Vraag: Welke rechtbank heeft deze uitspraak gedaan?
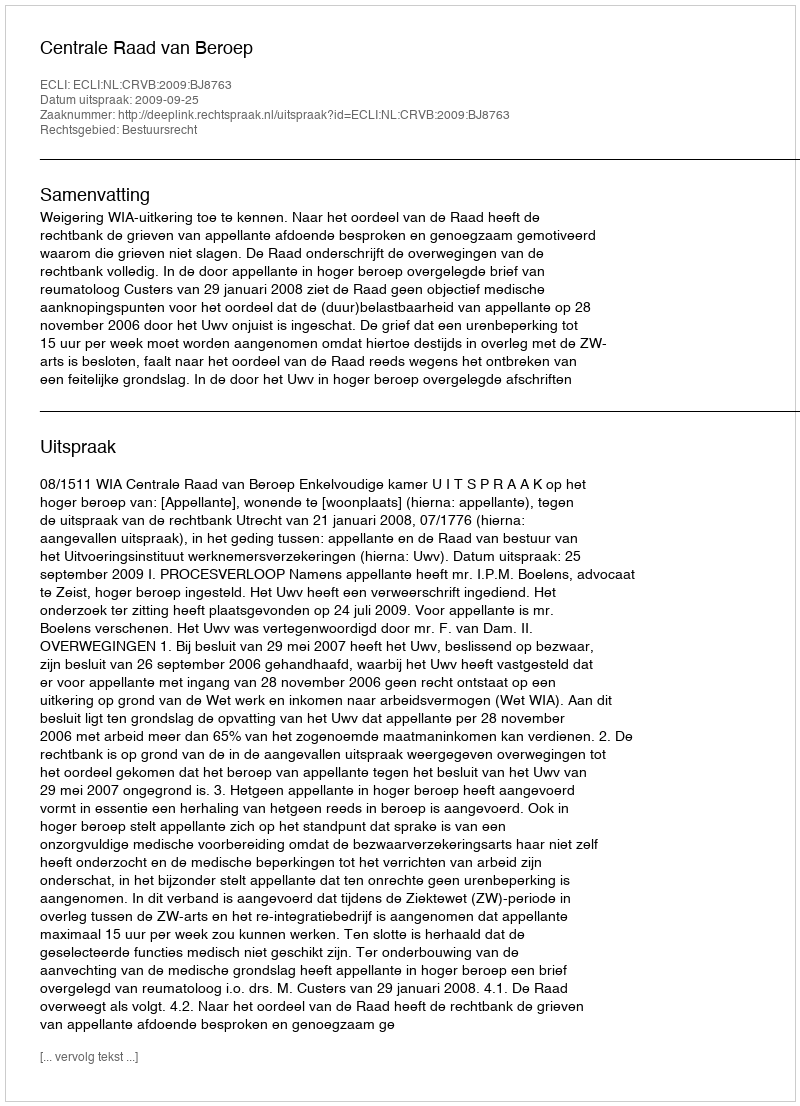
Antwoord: Centrale Raad van Beroep